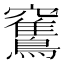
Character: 𥩏